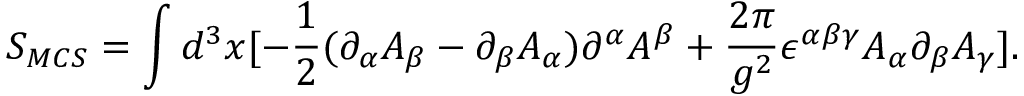
S _ { M C S } = \int d ^ { 3 } x [ - \frac { 1 } { 2 } ( \partial _ { \alpha } A _ { \beta } - \partial _ { \beta } A _ { \alpha } ) \partial ^ { \alpha } A ^ { \beta } + \frac { 2 \pi } { g ^ { 2 } } \epsilon ^ { \alpha \beta \gamma } A _ { \alpha } \partial _ { \beta } A _ { \gamma } ] .